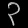
Digit: ၃